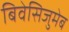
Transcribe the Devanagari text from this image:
बिवेसिजुमेब